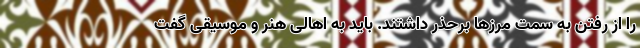
را از رفتن به سمت مرزها برحذر داشتند. باید به اهالی هنر و موسیقی گفت